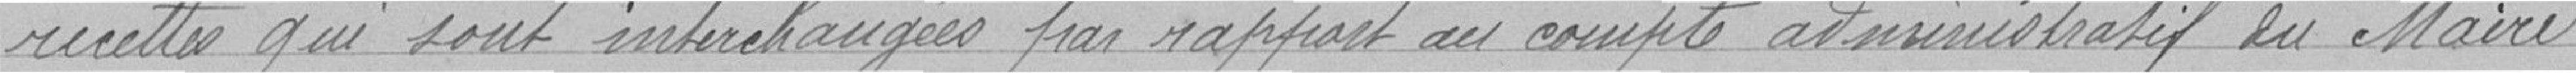
recettes qui sont interchangées par rapport au compte administratif en Mairie .